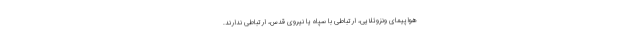
هواپیمای ونزوئلایی، ارتباطی با سپاه یا نیروی قدس، ارتباطی ندارند.